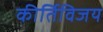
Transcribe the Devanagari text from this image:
कीर्तिविजय